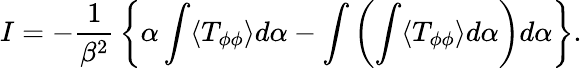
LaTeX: I=-{\frac{1}{\beta^{2}}}\left\{ {\alpha\int\langle T_{\phi\phi}\rangle d\alpha}-{\int\left(\int\langle T_{\phi\phi}\rangle d\alpha\right)d\alpha}\right\} .